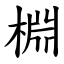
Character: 棩